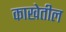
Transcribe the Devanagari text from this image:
काखेतील